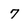
Character: 7